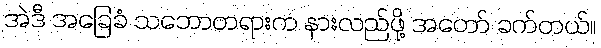
အဲဒီ အခြေခံ သဘောတရားက နားလည်ဖို့ အတော် ခက်တယ်။